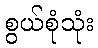
စွယ်စုံသုံး